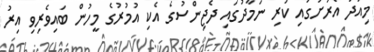
މިއަދު އެރަށުގައި ކުރި ނަމާދުގައި ދެޖިންސުގެ އެކި އުމުރުގެ މީހުން ބައިވެރިވި އިރު